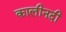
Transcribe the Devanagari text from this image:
कालीनदी